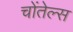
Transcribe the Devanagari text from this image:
चोंतेल्स